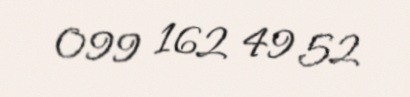
099 162 49 52